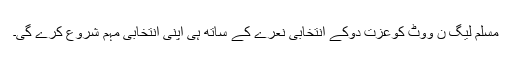
مسلم لیگ ن ووٹ کوعزت دوکے انتخابی نعرے کے ساتھ ہی اپنی انتخابی مہم شروع کرے گی۔